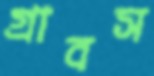
গ্রাবস